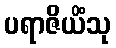
ပရာဇိယိံသု